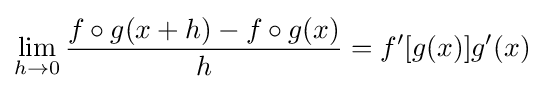
\lim _{h\to 0}{f\circ g(x+h)-f\circ g(x) \over h}=f'[g(x)]g'(x)